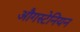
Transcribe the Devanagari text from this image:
औगस्टेनियन